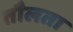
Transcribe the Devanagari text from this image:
तौलता